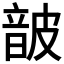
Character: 𮧸